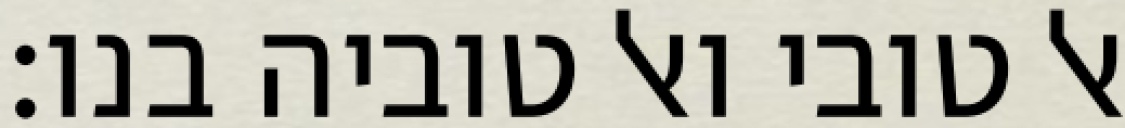
אל טובי ואל טוביה בנו: